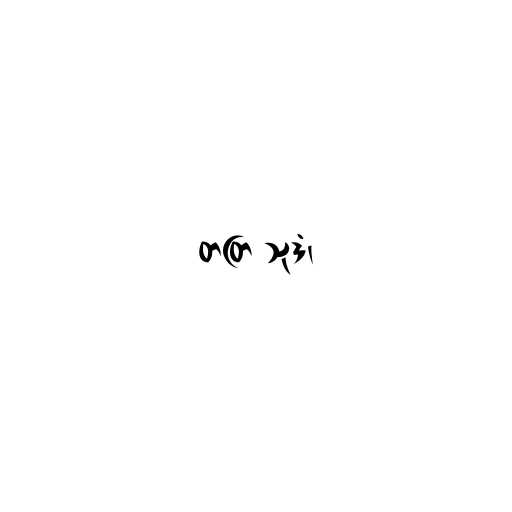
တတြ သုဒံ၊